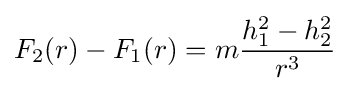
F_{2}(r)-F_{1}(r)=m{\frac {h_{1}^{2}-h_{2}^{2}}{r^{3}}}